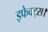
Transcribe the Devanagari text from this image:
इफेक्ट्स।